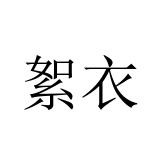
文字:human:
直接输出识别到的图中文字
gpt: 絮衣